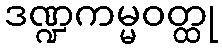
ဒဏ္ဍကမ္မဝတ္ထု